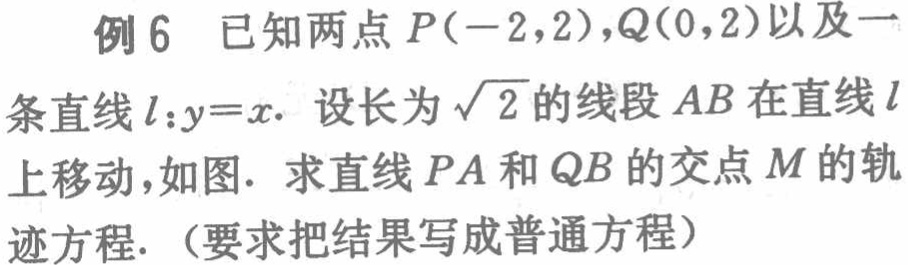
例 6 已知两点 \(P(-2,2)\)，\(Q(0,2)\)以及一条直线 \(l:y = x\). 设长为 \(\sqrt{2}\)的线段 \(AB\)在直线 \(l\)上移动，如图. 求直线 \(PA\)和 \(QB\)的交点 \(M\)的轨迹方程.（要求把结果写成普通方程）